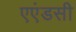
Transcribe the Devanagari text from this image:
एएंडसी